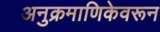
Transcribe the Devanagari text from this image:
अनुक्रमाणिकेवरून